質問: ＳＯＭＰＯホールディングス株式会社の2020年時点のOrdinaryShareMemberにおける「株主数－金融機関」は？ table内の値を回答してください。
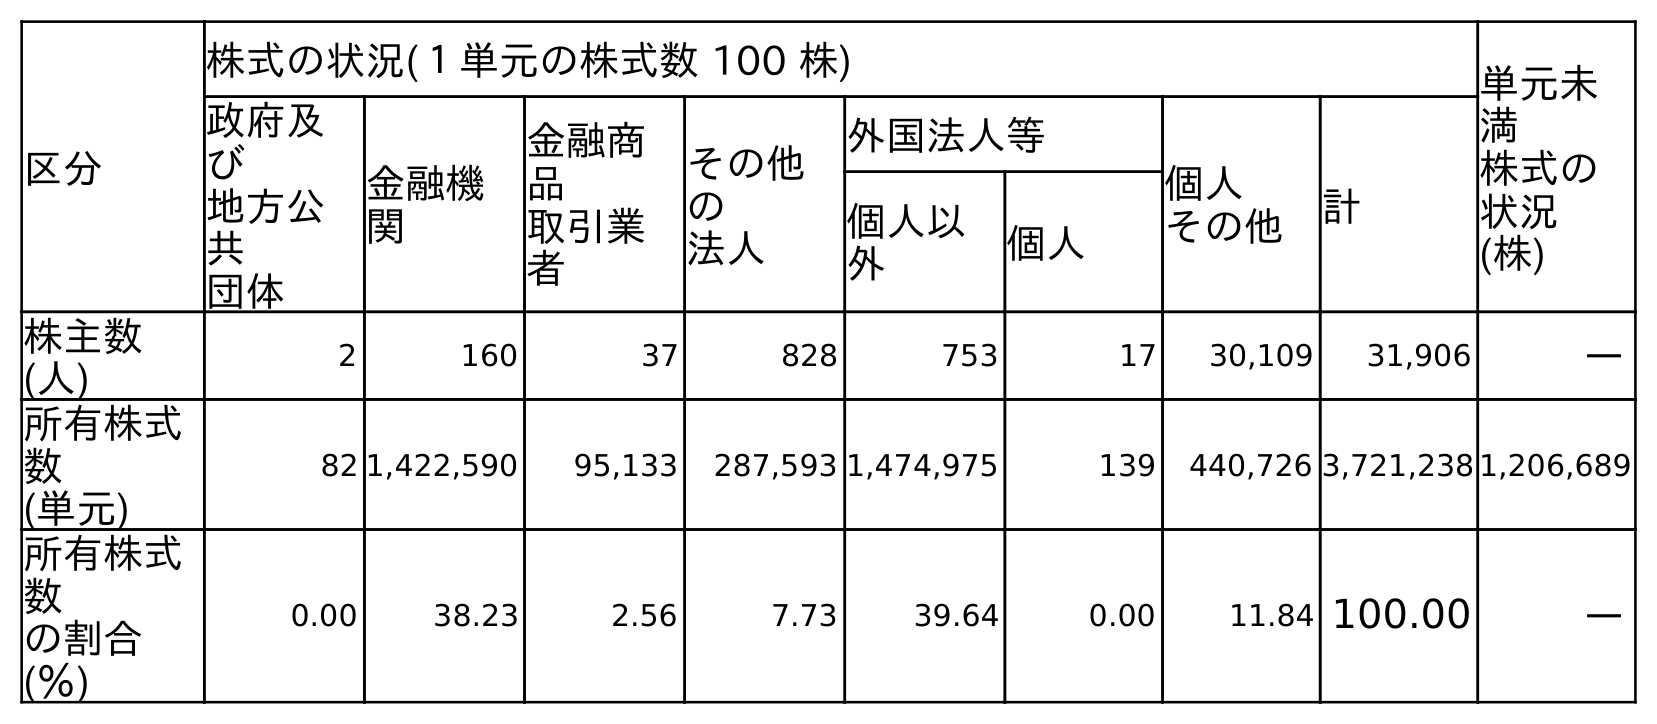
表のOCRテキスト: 区分 株式の状況(１単元の株式数 100 株) 単元未 満 株式の 状況 (株) 政府及 び 地方公 共 団体 金融機 関 金融商 品 取引業 者 その他 の 法人 外国法人等 個人 その他 計 個人以 外 個人 株主数 (人) 2 160 37 828 753 17 30,109 31,906 ― 所有株式 数 (単元) 82 1,422,590 95,133 287,593 1,474,975 139 440,726 3,721,238 1,206,689 所有株式 数 の割合 (％) 0.00 38.23 2.56 7.73 39.64 0.00 11.84 100.00 ―
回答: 160